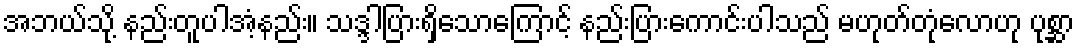
အဘယ်သို့ နည်းတူပါအံ့နည်း။ သဒ္ဒါပြားရှိသောကြောင့် နည်းပြားကောင်းပါသည် မဟုတ်တုံလောဟု ပုစ္ဆာ